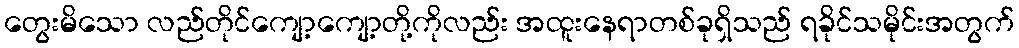
တွေးမိသော လည်တိုင်ကျော့ကျော့တို့ကိုလည်း အထူးနေရာတစ်ခုရှိသည် ရခိုင်သမိုင်းအတွက်